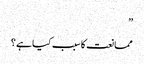
”
ممانعت کا سبب کیا ہے ؟